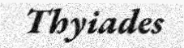
Thyiades